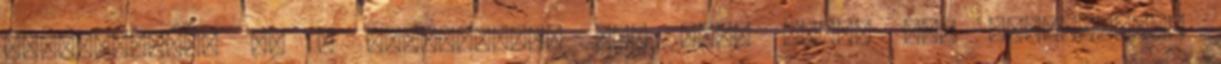
vérkeringést és a vérnyomást. Nem kell mást. Már nagyanyáink